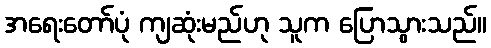
အရေးတော်ပုံ ကျဆုံးမည်ဟု သူက ပြောသွားသည်။